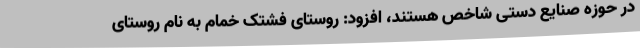
در حوزه صنایع دستی شاخص هستند، افزود: روستای فشتک خمام به نام روستای